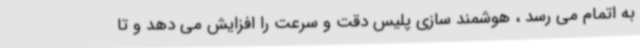
به اتمام می رسد ، هوشمند سازی پلیس دقت و سرعت را افزایش می دهد و تا